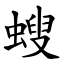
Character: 螋